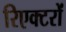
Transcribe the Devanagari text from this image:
रिएक्‍टरों